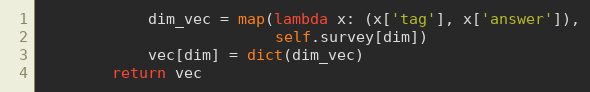
Language: Python
            dim_vec = map(lambda x: (x['tag'], x['answer']),
                          self.survey[dim])
            vec[dim] = dict(dim_vec)
        return vec